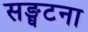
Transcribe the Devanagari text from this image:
सङ्घटना